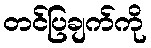
တင်ပြချက်ကို